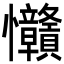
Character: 𢦅